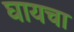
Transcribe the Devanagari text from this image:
घायचा